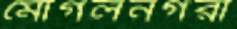
মোগলনগরী